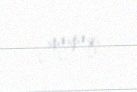
yayaq.